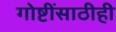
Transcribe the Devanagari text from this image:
गोष्टींसाठीही